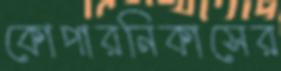
কোপারনিকাসের